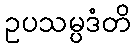
ဥပသမ္ပဒံတိ